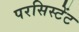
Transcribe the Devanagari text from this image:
परसिस्टेंट